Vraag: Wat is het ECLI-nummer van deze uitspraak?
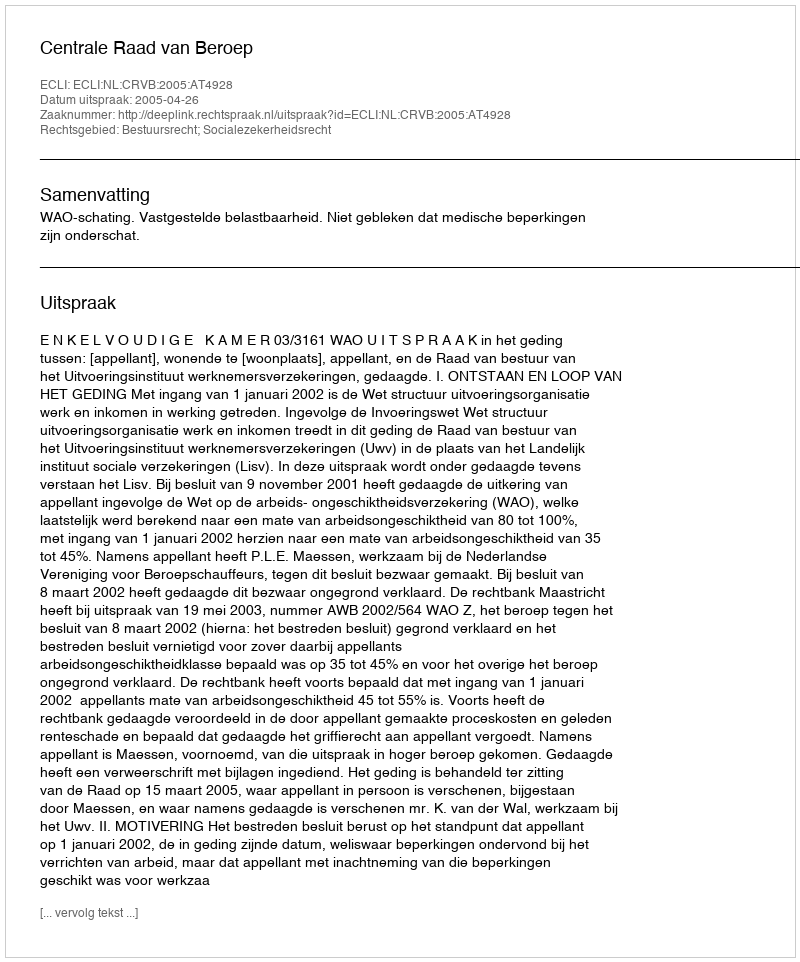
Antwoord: ECLI:NL:CRVB:2005:AT4928